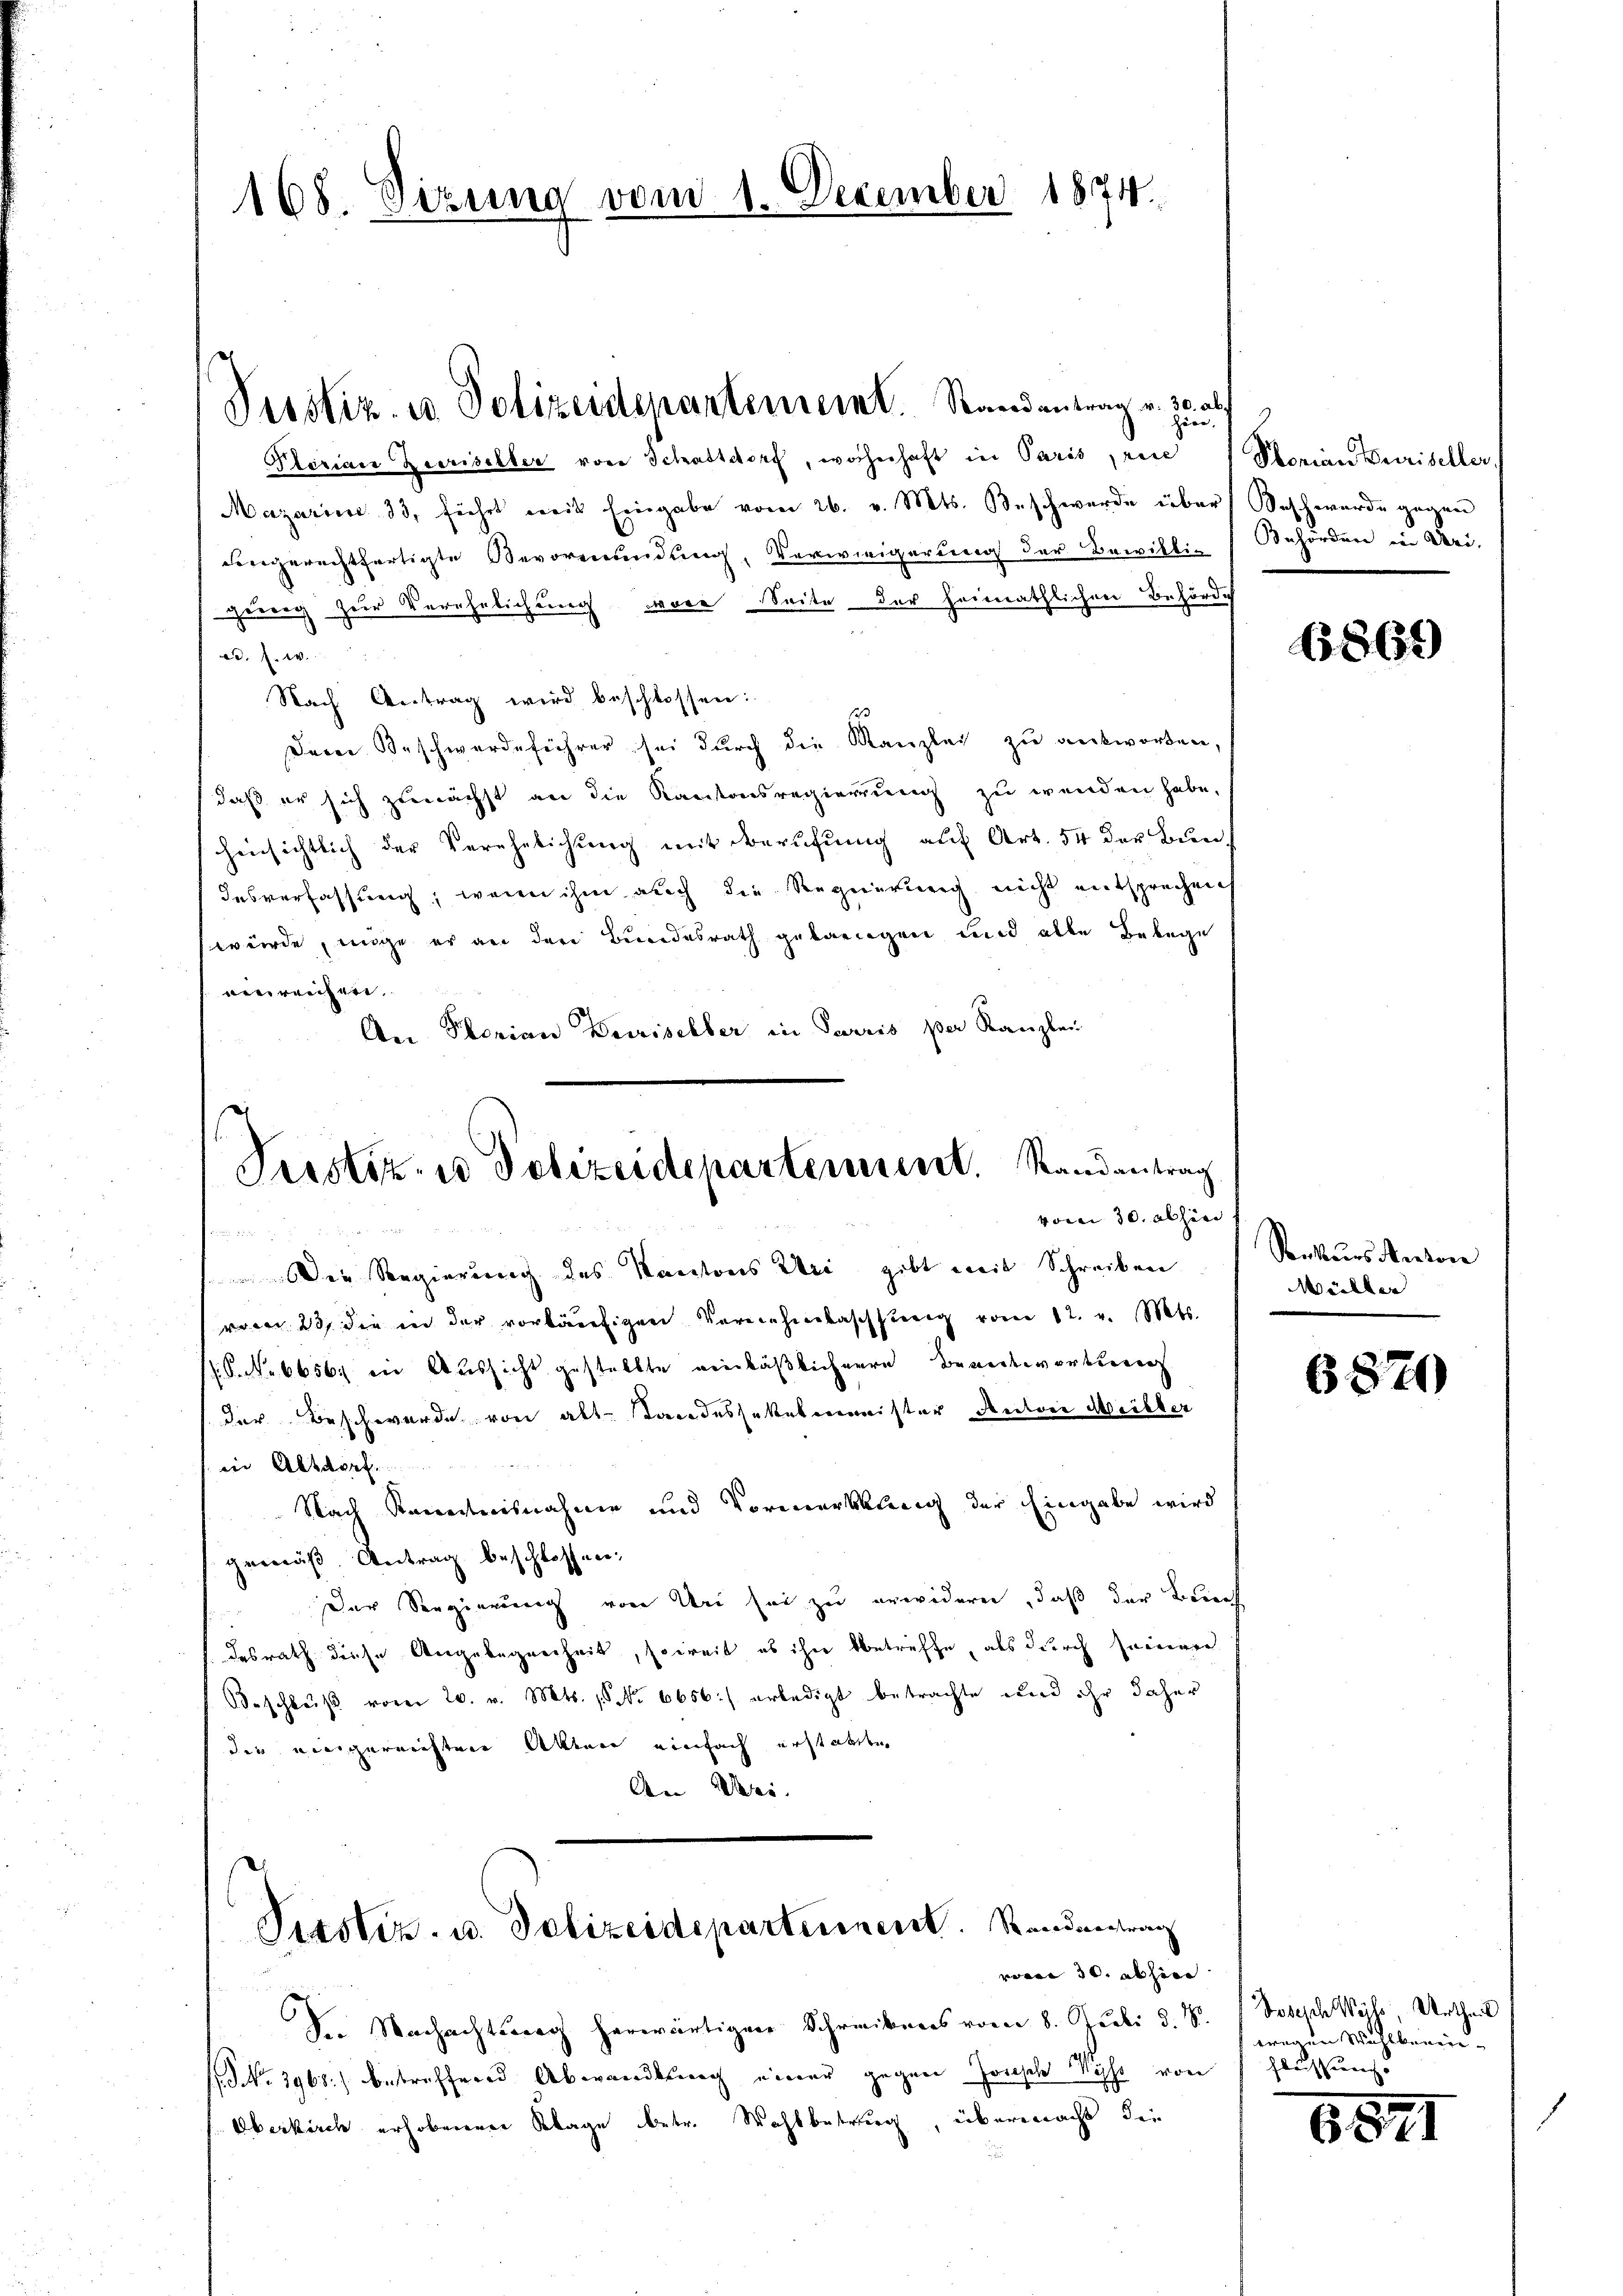
168. Setzung vom 1. December 1874.

Plorian Zierischter von Schattdorf, wohnhaft in Paris, rie (Storian Purischler,
Mazarin 33, führt mit Eingabe vom 26. v. Mts. Beschwerde über Beschwerde gegen
dengerechtfertigte Bevormundung, Verweigerung der Bewillig
gewang zur Verehelichung wäre Seite der heimathlichen Behörde
2. E
Nach Antrag wird beschlossen:
Der Beschwerdeführer sei durch die Kanzlei zu antworten,
daß er sich zunächst an die Kantonsregierung zu wenden habe.
hinsichtlich der Verehelichung mit Berufung auf Art. 54 der Bun
Iesverfassung, wenn ihm auch die Requirung nicht entsprechen
würde, mige er an den Bundesrath gelangen und alle Belege
vereichere
An Ptorian Deiriselber in Terris per Kanzlei

Pesstiz- u. Polizeidepartement. Standentrag v. Just

Justiz- u Polizeidepartement. Randantrag
vom 30. abhin

Der Regierung des Kantons Uri gibt mit Schreiben
vom 23 die in der vorläufigen Vereinhierbaschung vom 12. v. Mts.
N. S. Nr. 6656 in Aussicht gestellte vierläßlichere Beantwortung
der Beschwerde von alt. Tandessettelminister Autore Meister
in Altdorf
Nach Kenntnisnahme und Vormerkklung der Eingabe wird
gemäß Antrag beschlossen:
Der Regierung von Uri sei zu erwidern, daß der Berech
desrath diese Angelegenheit, soweit ob ihre betreffe, als durch seinerer
Beschluß vom 20. v. Mts. 1. No 6656:) erledigt betrachte und ihr daher
der eingereichten Akten einfach erstanden
An Wei

Pisstiz- u. Polizeidepartement. Standentrag
vom 30. abhin

Dr. Nachachtsweg herwärtigen Schreibens vom 8. Juli d. S.
NNo. 2968.) betreffend Abwandlung einer gegen Jonische Wyss von
Oberkirch erhobenen Klage betr. Wahlbetrug, übermacht die

Behörden in Dri

6869

Sonkurs Rectore
Müller

6870

Dosesch Wyss, Urtheil
tragen Wahlbeein-
flassung.

6821